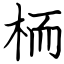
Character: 栭